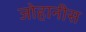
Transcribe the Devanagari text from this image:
जोहानीस